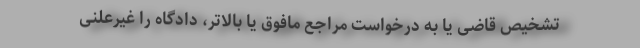
تشخیص قاضی یا به درخواست مراجع مافوق یا بالاتر، دادگاه را غیرعلنی